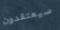
سيعتقدون